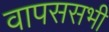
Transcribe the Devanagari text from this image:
वापससभी